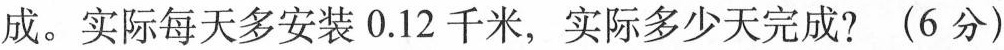
成。实际每天多安装0.12千米，实际多少天完成?(6分)